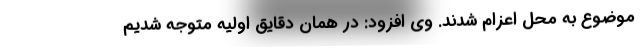
موضوع به محل اعزام شدند. وی افزود: در همان دقایق اولیه متوجه شدیم